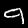
Label: 9